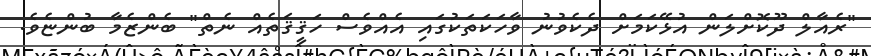
"ރެއާލް ދޫކޮށްލަން އުޅޭކަމަށް ދެކެވުނު ވާހަކަތަކުގައި އެއްވެސް ހަޤީޤަތެއް ނެތް" ބެންޒެމާ ބުންޏެވެ.